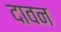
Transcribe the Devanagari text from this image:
दावन